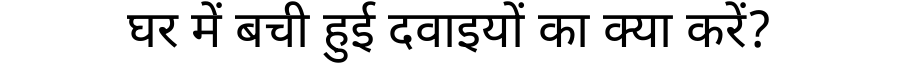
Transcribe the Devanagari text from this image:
घर में बची हुई दवाइयों का क्या करें?